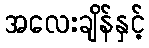
အလေးချိန်နှင့်